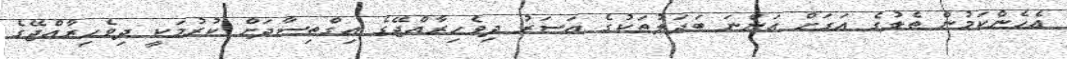
އެހެންކަމުން ތެލުގެ އަގަށް އަންނަ ބަދަލުތަކުގެ އަސަރު ދިވެހިރާއްޖޭގެ އިގްތިސާދަށް ކުރުމަކީ ދިވެހިރާއްޖޭގެ